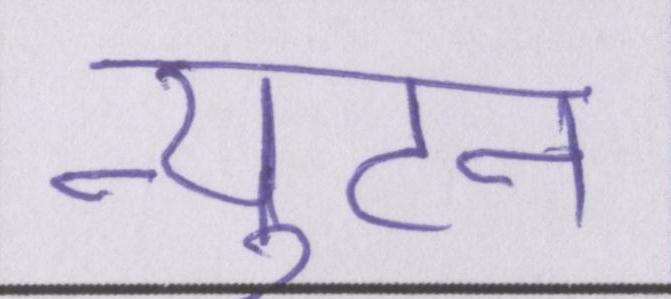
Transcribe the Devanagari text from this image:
न्युटन